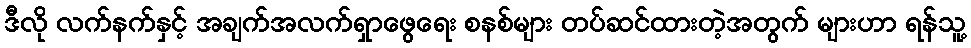
ဒီလို လက်နက်နှင့် အချက်အလက်ရှာဖွေရေး စနစ်များ တပ်ဆင်ထားတဲ့အတွက် များဟာ ရန်သူ့